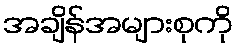
အချိန်အများစုကို